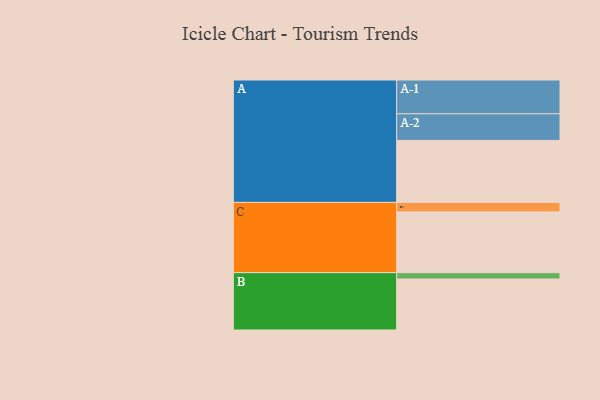
{"axis": {"x": "Segment", "y": "Value"}, "legend": ["", "A", "B", "C"], "data": [{"x": "A", "y": 529, "type": ""}, {"x": "B", "y": 435, "type": ""}, {"x": "C", "y": 518, "type": ""}, {"x": "A-1", "y": 288, "type": "A"}, {"x": "A-2", "y": 227, "type": "A"}, {"x": "B-1", "y": 54, "type": "B"}, {"x": "C-1", "y": 81, "type": "C"}]}